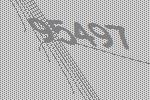
95497